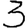
Digit: 3